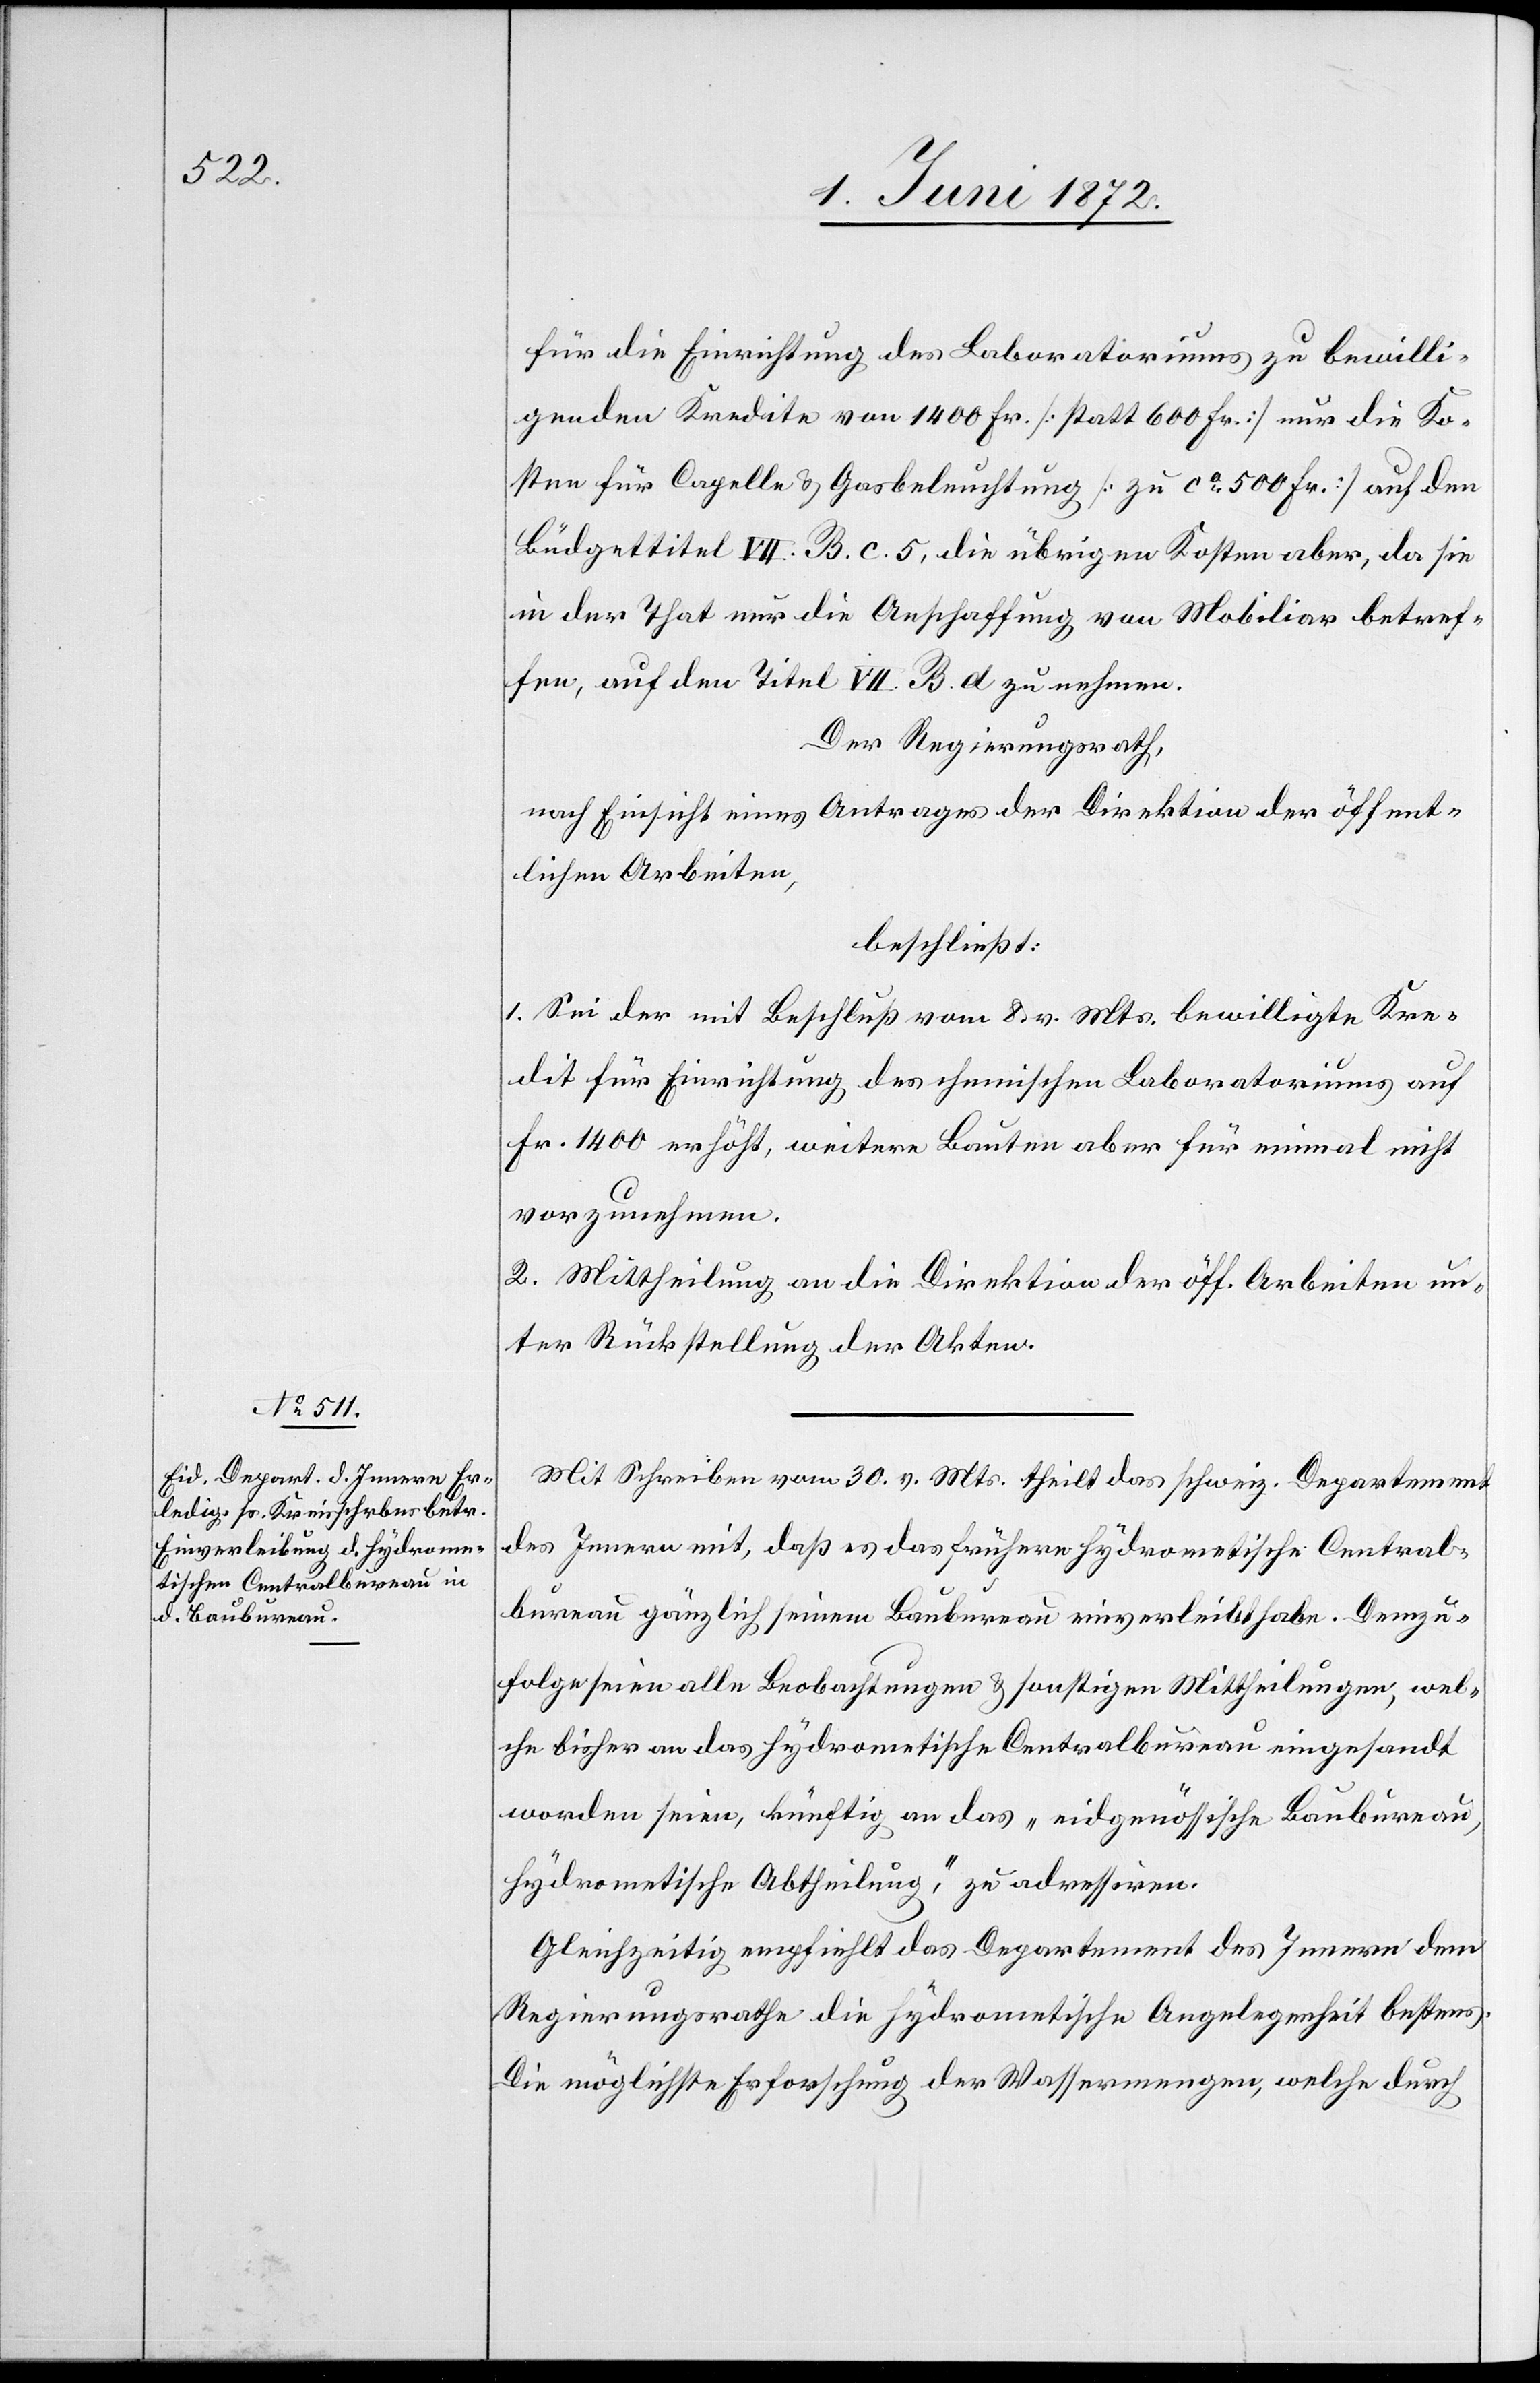
für die Einrichtung des Laboratoriums zu bewilli¬
genden Kredite von 1400 Fr. [statt 600 Fr.] nur die Ko¬
sten für Capelle u. Gasbeleuchtung [zu ca 500 Fr.] auf den
Büdgettitel VII. B. c. 5, die übrigen Kosten aber, da sie
in der That nur die Anschaffung von Mobiliar betref¬
fen, auf den Titel VII. B. d. zu nehmen.
Der Regierungsrath,
nach Einsicht eines Antrages der Direktion der öffent¬
lichen Arbeiten,
beschließt:
1. Sei der mit Beschluß vom 8. v. Mts. bewilligte Kre¬
dit für Einrichtung des chemischen Laboratoriums auf
Fr. 1400 erhöht, weitere Bauten aber für einmal nicht
vorzunehmen.
2. Mittheilung an die Direktion der öff. Arbeiten un¬
ter Rückstellung der Akten.
Mit Schreiben vom 30. v. Mts. theilt das schweiz. Departement
des Innern mit, daß es das frühere hydrometische Central¬
bureau gänzlich seinem Baubureau einverleibt habe. Demzu¬
folge seien alle Beobachtungen u. sonstige Mittheilungen, wel¬
che bisher an das hydrometische Centralbureau eingesandt
worden seien, künftig an das „eidgenössische Baubureau,
hydrometische Abtheilung,“ zu adressiren.
Gleichzeitig empfiehlt das Departement des Innern dem
Regierungsrathe die hydrometische Angelegenheit bestens.
Die möglichste Erforschung der Wassermengen, welche durch